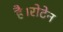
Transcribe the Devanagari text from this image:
है।रोटेन